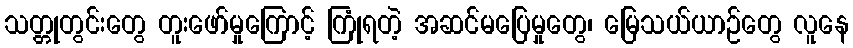
သတ္တုတွင်းတွေ တူးဖော်မှုကြောင့် ကြုံရတဲ့ အဆင်မပြေမှုတွေ၊ မြေသယ်ယာဉ်တွေ လူနေ